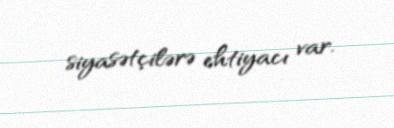
siyasətçilərə ehtiyacı var.